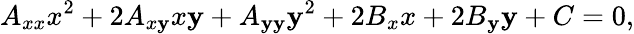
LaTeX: A_{xx}x^{2}+2A_{x\mathbf{y}}x\mathbf{y}+A_{\mathbf{y}\mathbf{y}}\mathbf{y}^{2}+2B_{x}x+2B_{\mathbf{y}}\mathbf{y}+C=0,